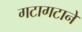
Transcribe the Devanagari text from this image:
गटागटाने